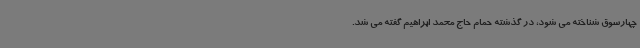
چهارسوق شناخته می شود، در گذشته حمام حاج محمد ابراهیم گفته می شد.